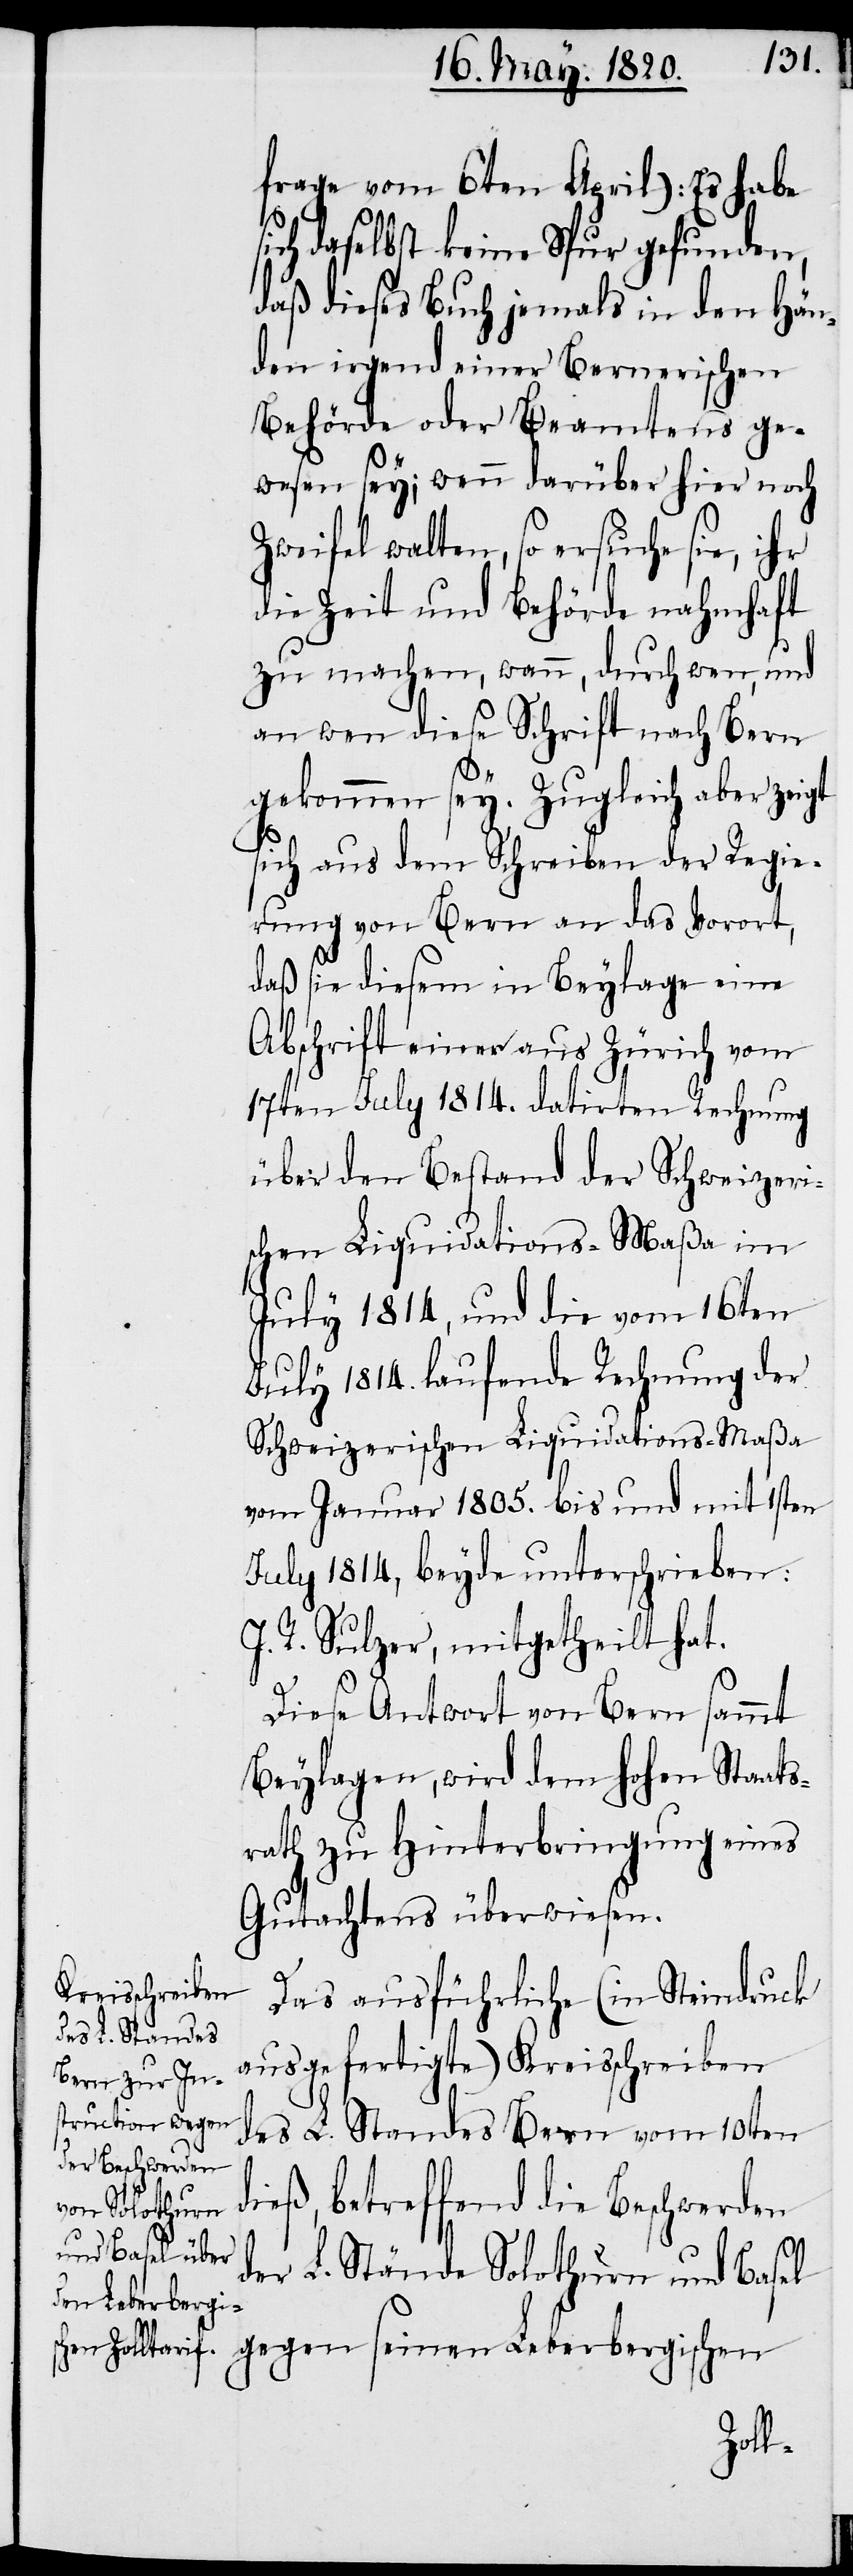
frage vom 6ten April): Es habe
sich daselbst keine Spur gefunden,
daß dieses Buch jemals in den Hän¬
den irgend einer Bernerischen
Behörde oder Beamtens ge¬
wesen sey; wenn darüber hier noch
Zweifel walten, so ersuche sie, ihr
die Zeit und Behörde nahmhaft
zu machen, wann, durch wen, und
an wen diese Schrift nach Bern
gekommen sey. Zugleich aber zeigt
sich aus dem Schreiben der Regie¬
rung von Bern an das Vorort,
daß sie diesem in Beylage eine
Abschrift einer aus Zürich vom
17ten July 1814. datirten Rechnung
über den Bestand der Schweizeri¬
schen Liquidations-Maßa im
July 1814, und die vom 16ten
July 1814. laufende Rechnung der
Schweizerischen Liquidations-Maßa
vom Januar 1805. bis und mit 1sten
July 1814, beyde unterschrieben:
R. Sulzer, mitgetheilt hat.
Diese Antwort von Bern sammt
Beylagen, wird dem Hohen Staats¬
rath zu Hinterbringung eines
Gutachtens überwiesen.
Das ausführliche (in Steindruck
ausgefertigte) Kreisschreiben
des L. Standes Bern vom 10ten
dieß, betreffend die Beschwerden
der L. Stände Solothurn und Basel